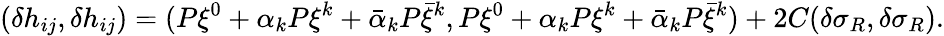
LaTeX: (\delta h_{ij},\delta h_{ij})=(P\xi^{0}+\alpha_{k}P\xi^{k}+\bar{\alpha}_{k}P\bar{\xi}^{k},P\xi^{0}+\alpha_{k}P\xi^{k}+\bar{\alpha}_{k}P\bar{\xi}^{k})+2C(\delta\sigma_{R},\delta\sigma_{R}).